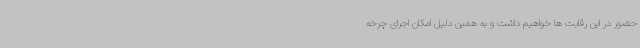
حضور در این رقابت ها خواهیم داشت و به همین دلیل امکان اجرای چرخه